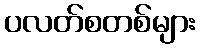
ပလတ်စတစ်များ